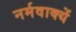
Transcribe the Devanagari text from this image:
नर्मवाक्यें